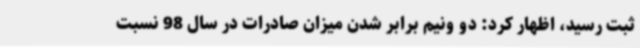
ثبت رسید، اظهار کرد: دو ونیم برابر شدن میزان صادرات در سال 98 نسبت